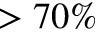
> 7 0 \%